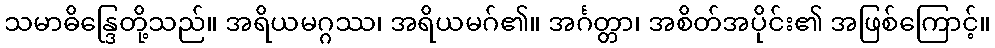
သမာဓိန္ဒြေတို့သည်။ အရိယမဂ္ဂဿ၊ အရိယမဂ်၏။ အင်္ဂတ္တာ၊ အစိတ်အပိုင်း၏ အဖြစ်ကြောင့်။